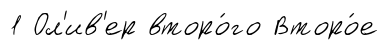
1 Ол'ив'ер второ́го Второ́е